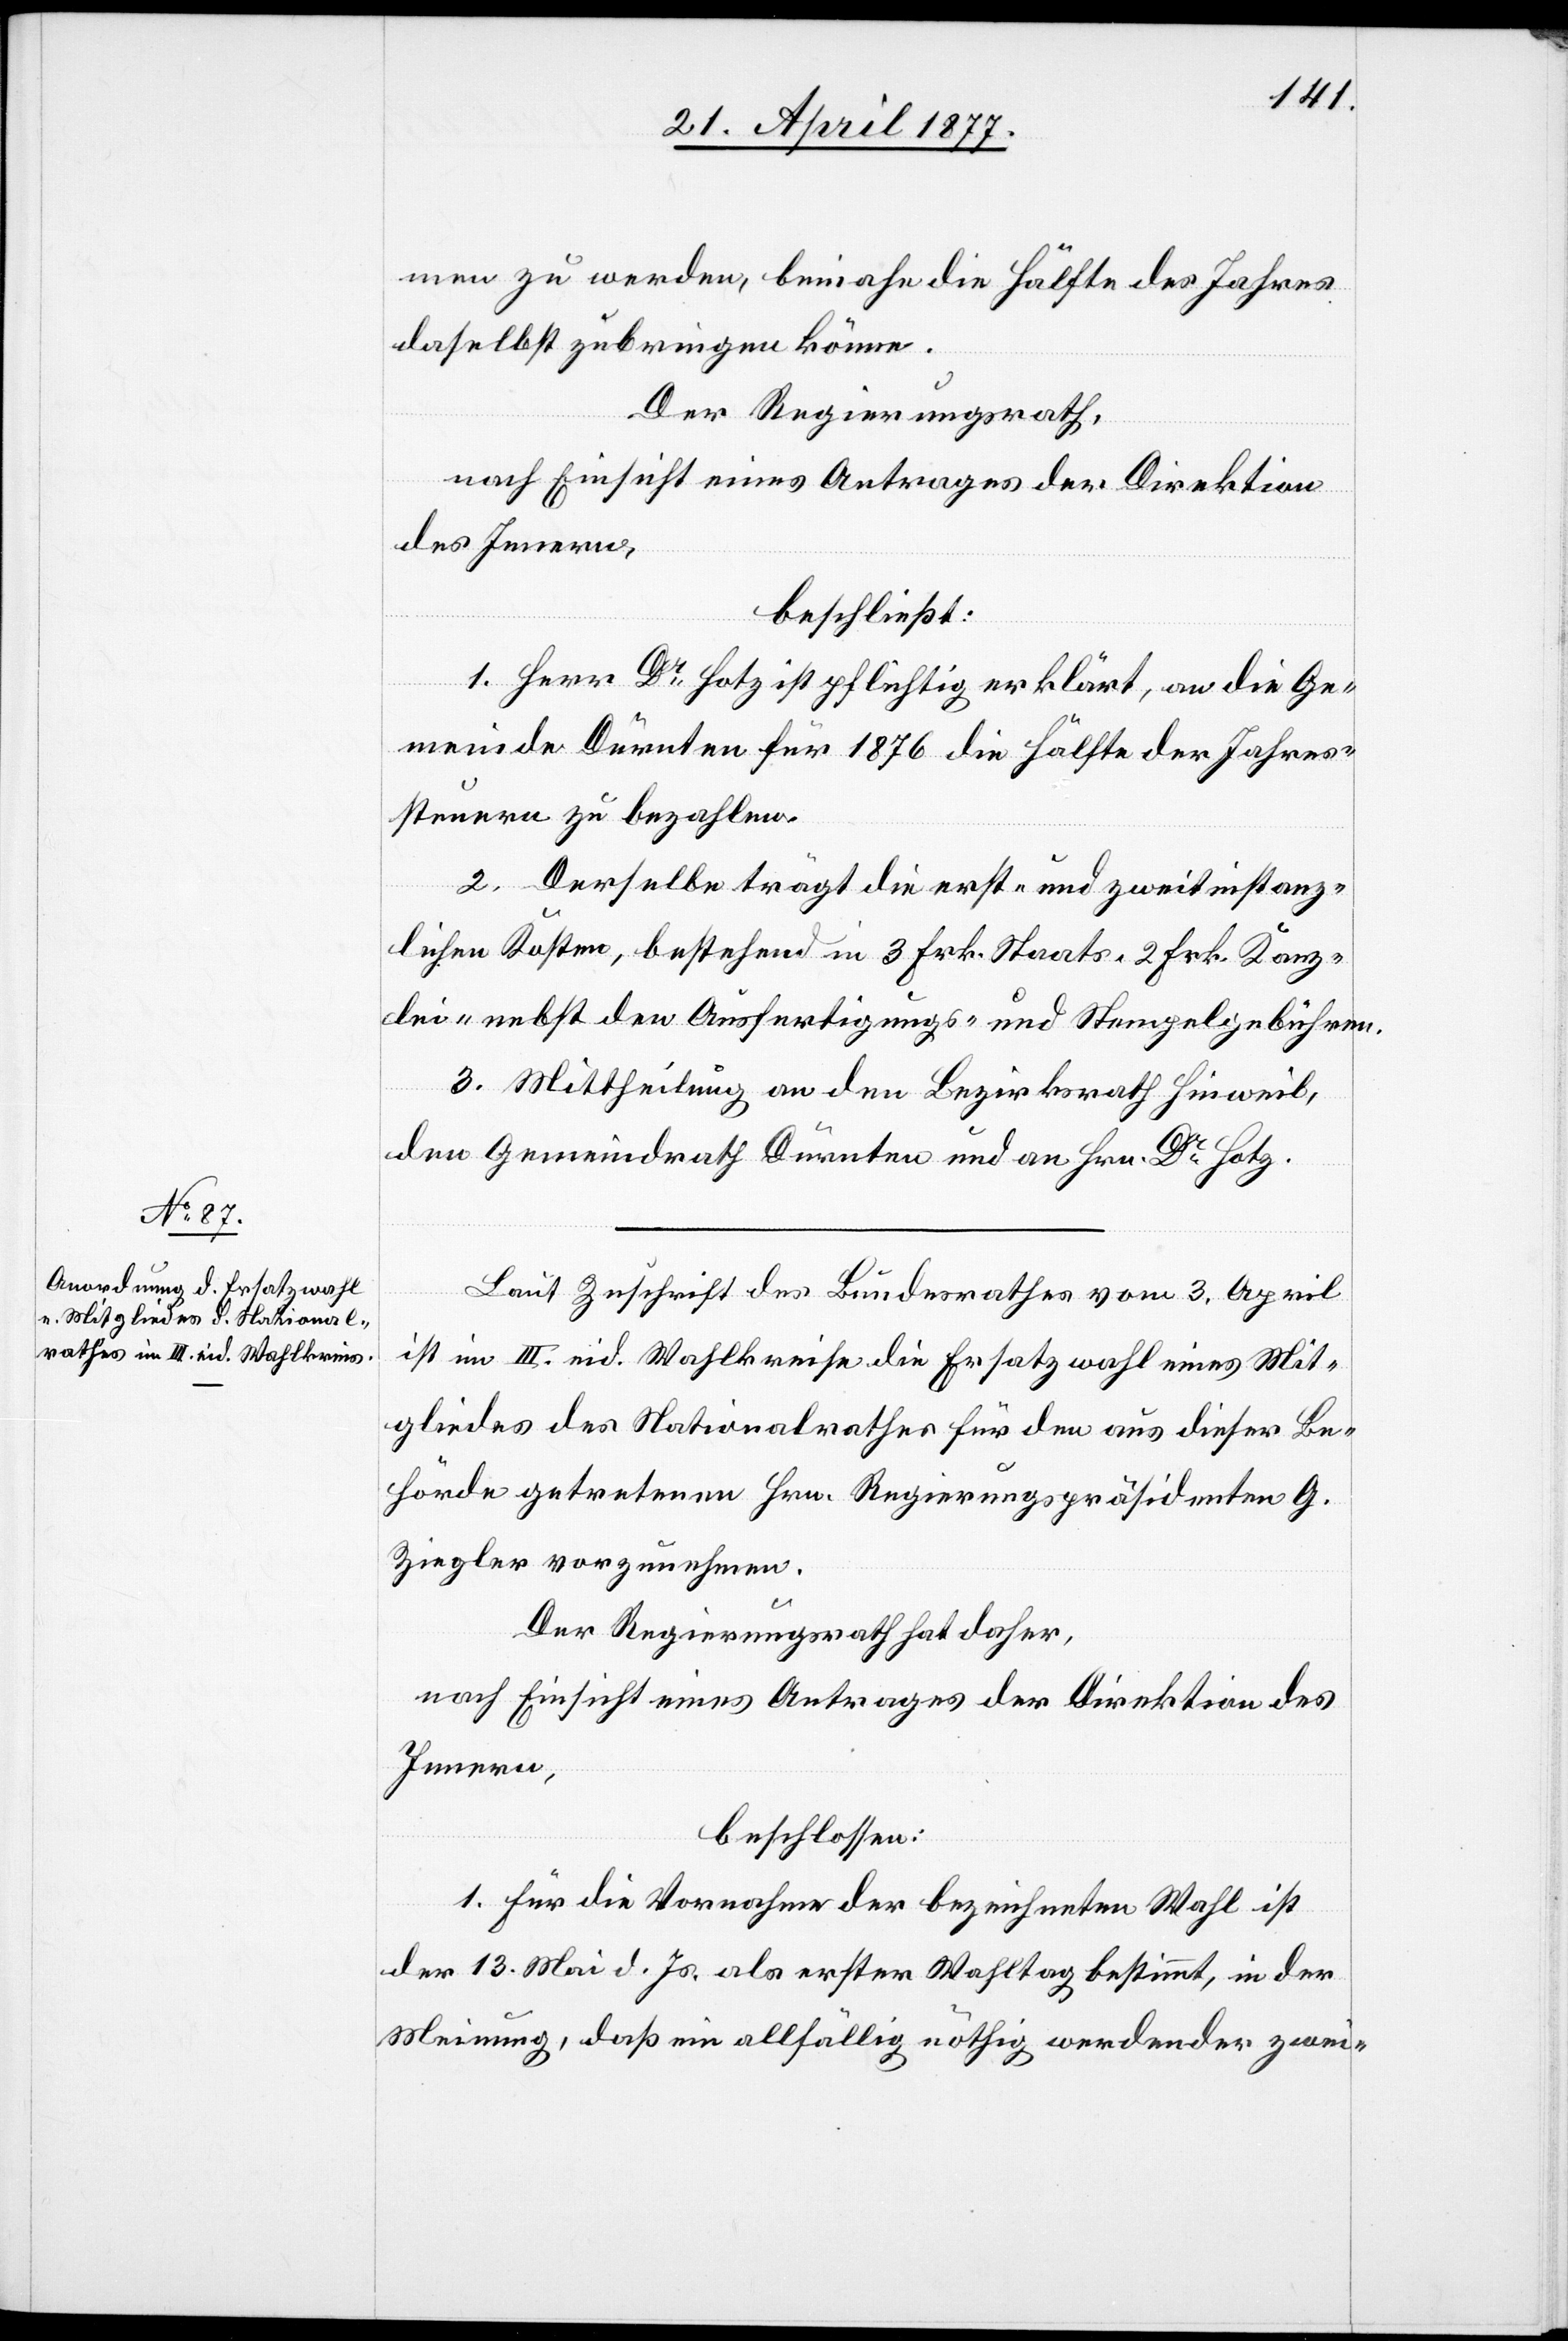
men zu werden, beinahe die Hälfte des Jahres
daselbst zubringen könne.
Der Regierungsrath,
nach Einsicht eines Antrages der Direktion
des Innern,
beschließt:
1. Herr Dr Hotz ist pflichtig erklärt, an die Ge¬
meinde Dürnten für 1876 die Hälfte der Jahres¬
steuern zu bezahlen.
2. Derselbe trägt die erst- und zweitinstanz¬
lichen Kosten, bestehend in 3 Frk. Staats- 2 Frk. Kanz¬
lei- nebst den Ausfertigungs- und Stempelgebühren.
3 Mittheilung an den Bezirksrath Hinweil,
den Gemeindrath Dürnten und an Hrn. Dr Hotz.
Laut Zuschrift des Bundesrathes vom 3. April
ist im III. eid. Wahlkreise die Ersatzwahl eines Mit¬
gliedes des Nationalrathes für den aus dieser Be¬
hörde getretenen Hrn. Regierungspräsidenten G.
Ziegler vorzunehmen.
Der Regierungsrath hat daher,
nach Einsicht eines Antrages der Direktion des
Innern,
beschlossen:
1. Für die Vornahme der bezeichneten Wahl ist
der 13. Mai d. Js. als erster Wahltag bestimmt, in der
Meinung, daß ein allfällig nöthig werdender zwei-